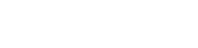
လွတ်မြောက်ရေးအဖွဲ့